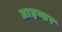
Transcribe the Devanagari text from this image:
ग्राइण्डर